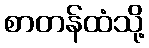
စာတန်ထံသို့